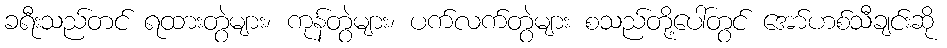
ခရီးသည်တင် ရထားတွဲများ၊ ကုန်တွဲများ၊ ပက်လက်တွဲများ စသည်တို့ပေါ်တွင် အော်ဟစ်သီချင်းဆို